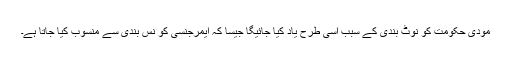
مودی حکومت کو نوٹ بندی کے سبب اسی طرح یاد کیا جائیگا جیسا کہ ایمرجنسی کو نس بندی سے منسوب کیا جاتا ہے۔